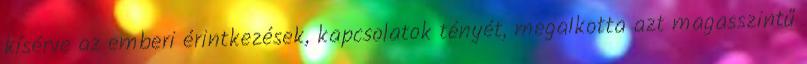
kísérve az emberi érintkezések, kapcsolatok tényét, megalkotta azt magasszintű